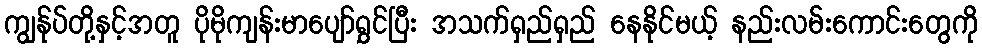
ကျွန်ုပ်တို့နှင့်အတူ ပိုမိုကျန်းမာပျော်ရွှင်ပြီး အသက်ရှည်ရှည် နေနိုင်မယ့် နည်းလမ်းကောင်းတွေကို